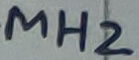
Text: MH2